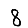
Digit: 8